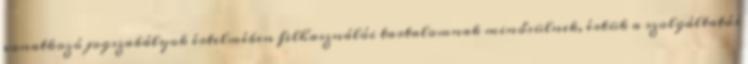
vonatkozó jogszabályok értelmében felhasználói tartalomnak minősülnek, értük a szolgáltatás